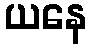
ယနေ